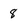
Character: 8